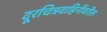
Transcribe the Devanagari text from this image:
दूरचित्रवाहिनींवरील